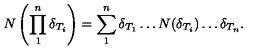
N \left( \prod _ { 1 } ^ { n } \delta _ { T _ { i } } \right) = \sum _ { 1 } ^ { n } \delta _ { T _ { 1 } } \ldots N ( \delta _ { T _ { i } } ) \ldots \delta _ { T _ { n } } .